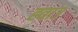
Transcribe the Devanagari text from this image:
ह्वाउ